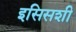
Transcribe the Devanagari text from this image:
इसिसशी